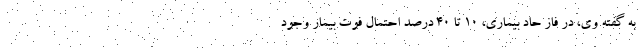
به گفته وی، در فاز حاد بیماری، ۱۰ تا ۴۰ درصد احتمال فوت بیمار وجود